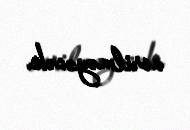
verilməyəcək.